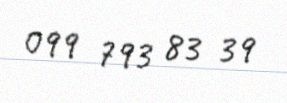
099 793 83 39